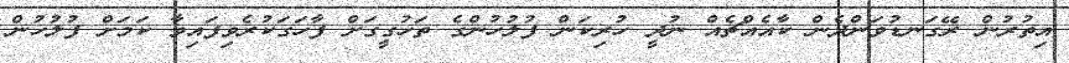
އިތުރުން ރޭގަނޑުވަންދެން ކާއެއްޗެއް ނުދީ ހުރިކަން ފުލުހުންގެ ތަހުގީގަށް ފާހަގަކުރެވިފައިވާ ކަމަށް ފުލުހުން